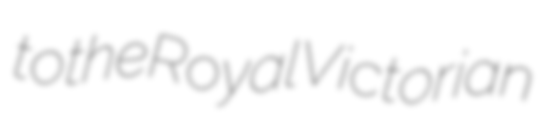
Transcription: to the Royal Victorian